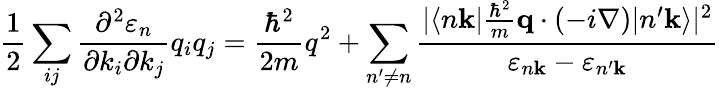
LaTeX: {\frac{1}{2}}\sum_{ij}{\frac{\partial^{2}\varepsilon_{n}}{\partial k_{i}\partial k_{j}}}q_{i}q_{j}={\frac{\hbar^{2}}{2m}}q^{2}+\sum_{n^{\prime}\neq n}{\frac{|\langle n\mathbf{k}|{\frac{\hbar^{2}}{m}}\mathbf{q}\cdot(-i\nabla)|n^{\prime}\mathbf{k}\rangle|^{2}}{\varepsilon_{n\mathbf{k}}-\varepsilon_{n^{\prime}\mathbf{k}}}}